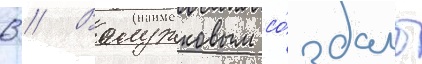
В // Волужковым со́здано